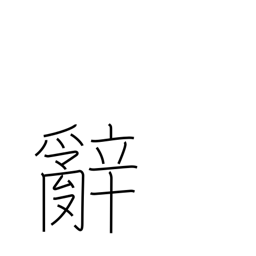
Meaning: words